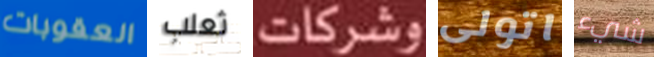
العقوبات ثعلب وشركات اتولى شيء